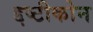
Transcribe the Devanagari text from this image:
द्दष्टीकोन